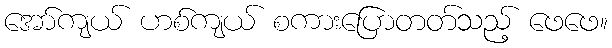
အော်ကျယ် ဟစ်ကျယ် စကားပြောတတ်သည့် ဖေဖေ။